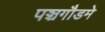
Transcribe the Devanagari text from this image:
पञ्चगौडमे